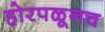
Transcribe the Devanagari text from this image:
होरपळूनच